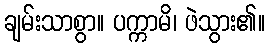
ချမ်းသာစွာ။ ပက္ကာမိ၊ ဖဲသွား၏။